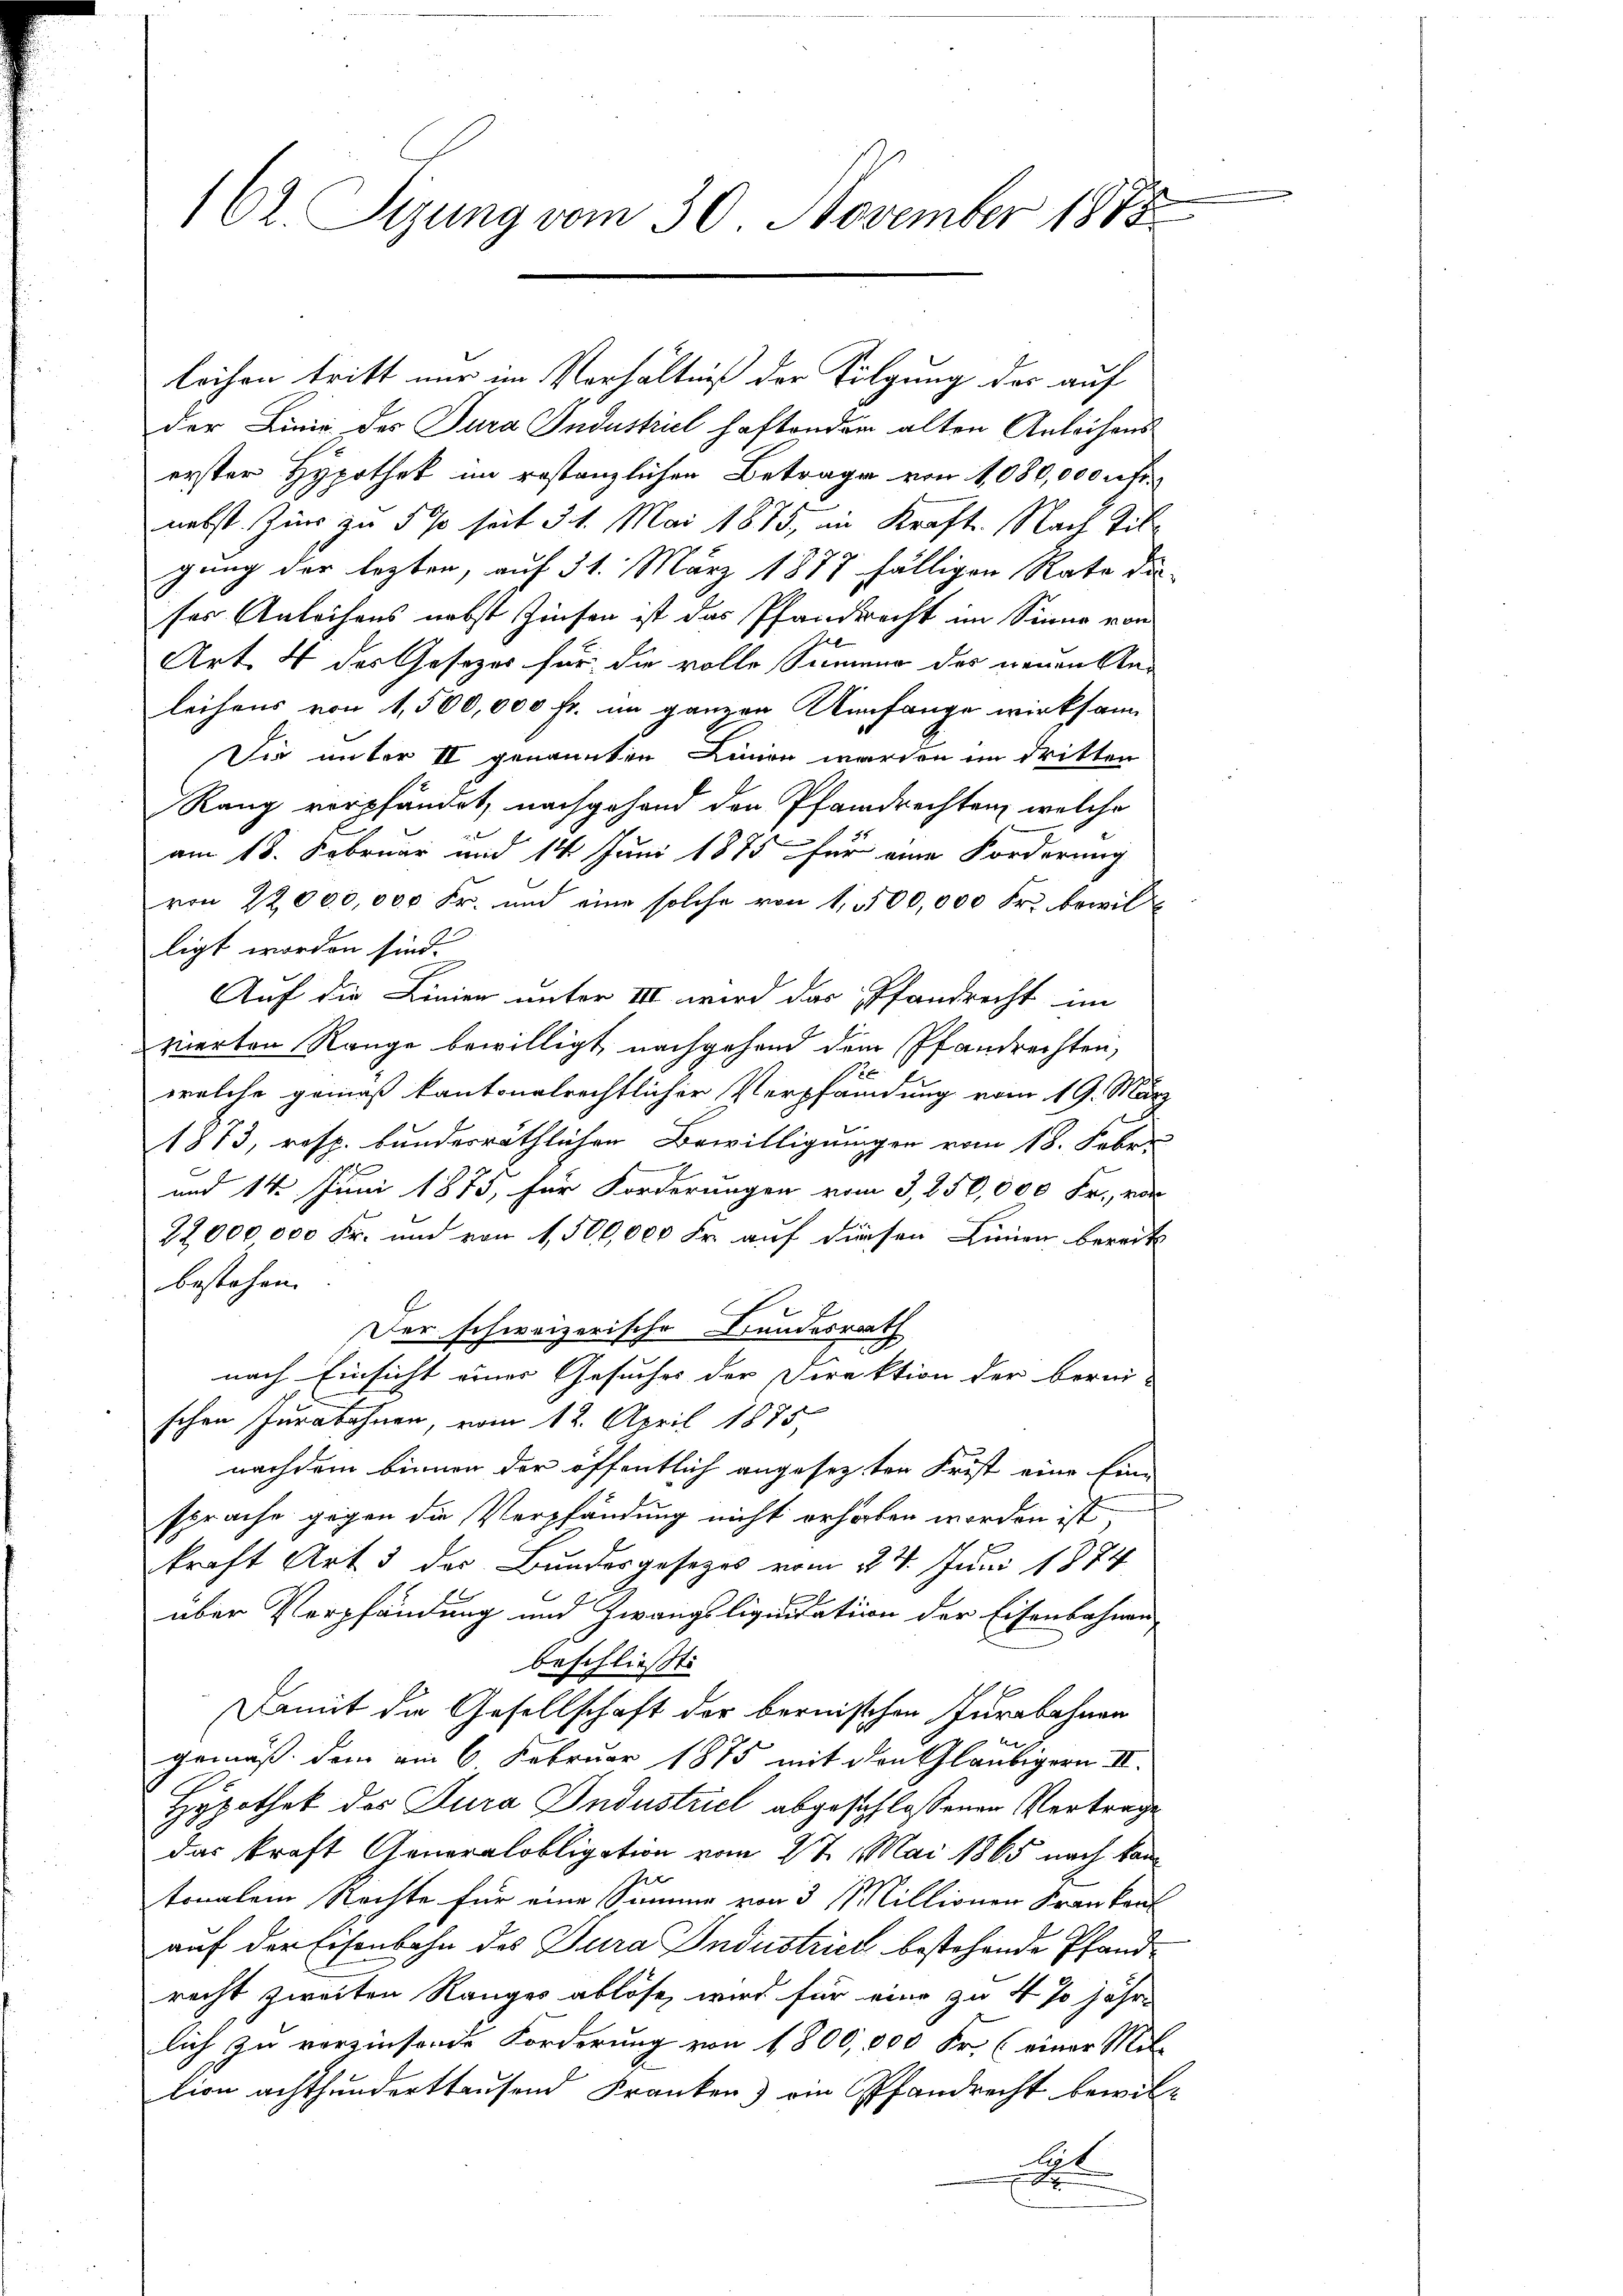
162. Siung vom 30. November 1878

leihen tritt nur im Verhältniß der Folgung der auf
der Linie des Jura Industriel haftendem alten Anleihens
erster Hypothek im restanzlichen Betrage von 1,080,000 Fr.
nebst Zins zu 5 % seit § 1. Mai 1875, in Kraft. Nach Tilgung der lezten, auf 31. März 1877 fälligen Rate die
ses Anleihens nebst Zinsen ist das Pfandrecht im Sinne von
Art. 4 der Gesetzes für die volle Summen des neuen Anleihens von 1,500,000 fr. im ganzen Umfange wirksam
Die unter II genannten Linien werden im dritten
Rang verpfändet, nachgehand den Pfandrechten, welche
am 18. Februar und 14 Juni 1875 für eine Forderung
von 22,000,000 Fr. und eine solche von 1,500,000 Fr. bewil
ligt worden sind.
Auf die Linien unter III wird das Pfandrecht im
vierten Range bewilligt, nachgehend dem Pfandrechten,
.
welche gemäß kantonalrechtlicher Verpfandung vom 19. März
1873, resp. bundesräthlichen Bewilligungen vom 18. Febr.
d
und 14. Juni 1875, für Forderungen vom 3,850,000 Fr., vor
22,000 000 Fr. und von 1,500,000 Fr. auf diesen Linien bereits
bestehen.
Der schweizerische Bundesrath
nach Einsicht einer Gesuches der Direktion der berei-
schen Iurabohnen, vom 12. April 1875
nachdem binnen der öffentlich angesezten Frist eine Ein-
sprache gegen die Verpfändung nicht erhoben worden ist,
kraft Art 3 des Bundesgesetzes vom 24. Juni 1874
über Verpfändung und Zwangsliquidation der Eisenbahnen
beschließt:
Damit die Gesellschaft der bernischen Jurabahnen
gemäß dem am 6 Februar 1875 mit den Gläubigern II.
Hypothek des Cura Industriel abgeschlossenen Vertrage
das kraft Generalobligation vom 27. Mai 1865 nach kan
sre
tonalein Rechte für eine Summe von 3 11 Millionen Frankent
auf der Eisenbahn des Jura Industrick bestehende Pfandrecht zweiten Ranges ablöse, wird für eine zu 4 % jähr-
lich zu verzinsende Forderung von 1800,000 Fr. (einer Mit-
tion achthunderthausend Franken am Pfandrecht bewillet
i